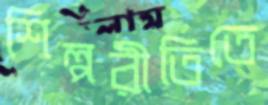
শিল্পরীতিতে